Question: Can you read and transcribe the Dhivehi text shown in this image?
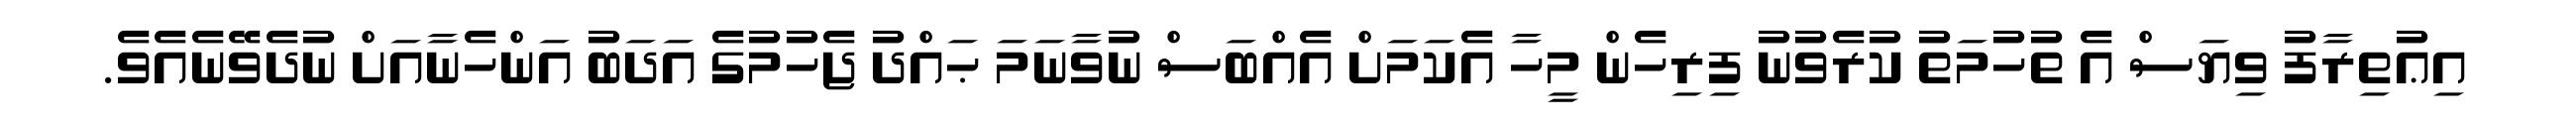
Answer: އިޢުތިރާފު ވިޔަސް އެ ތުހުމަތު ކުރެވުނު ފިރިހެން މީހާ އެކަމަށް އެއްބަސް ނުވާނަމަ ޙައްދު ޖެހުމުގެ އަދަބު އަންހެނާއަށް ނުދެވޭނެއެވެ.